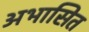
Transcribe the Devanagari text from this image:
अभासित